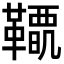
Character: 𩍋